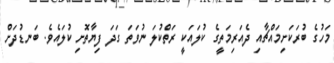
މަހުގެ ބުރަކަށިމައްޗާއި ދެއަރިމަތީގެ ކުލައަކީ ރަތްކުލަ ނުވަތަ ގަދަ ފިޔާތޮށި ކުލައެވެ. ބަނޑުދަށް